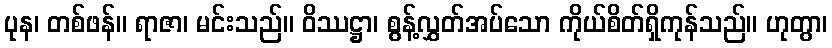
ပုန၊ တစ်ဖန်။ ရာဇာ၊ မင်းသည်။ ဝိဿဋ္ဌာ၊ စွန့်လွှတ်အပ်သော ကိုယ်စိတ်ရှိကုန်သည်။ ဟုတွာ၊